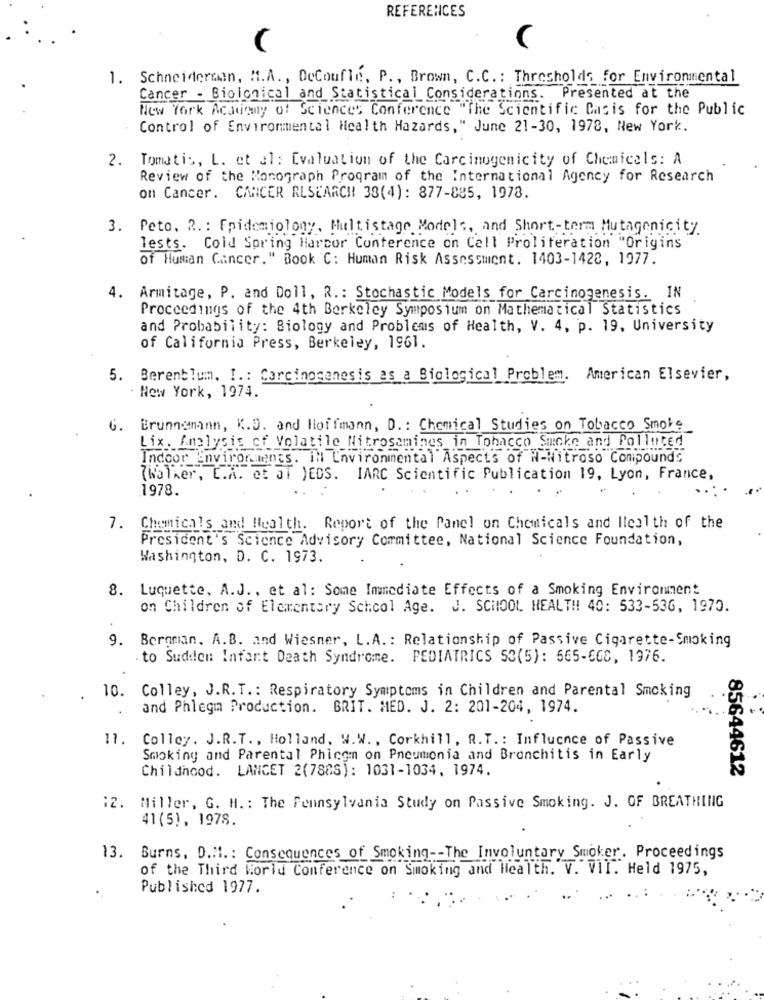
REFERENCES
(
1. Schneiderman, H.A. , DeCoufle, P ., Brown, C.C. : Thresholds for Environmental
Cancer - Biological and Statistical Considerations. Presented at the
New York Academy of Sciences Conference "The Scientific Casis for the Public
Control of Environmental Health Hazards," June 21-30, 1978, New York.
2. Tomatis, L. et al: Evaluation of the Carcinogenicity of Chemicals: A
Review of the Monograph Program of the International Agency for Research
on Cancer. CANCER RESEARCH 38(4): 877-885, 1978.
3. Peto. R. : Epidemiology, Multistage Models, and Short-term Mutagenicity
Tests. Cold Spring Harbor Conference on Call Proliferation "Origins
of Human Cancer." Book C: Human Risk Assessment. 1403-1422, 1977.
4. Armitage, P. and Doll, R .: Stochastic Models for Carcinogenesis. IN
Proceedings of the 4th Berkeley Symposium on Mathematical Statistics
and Probability: Biology and Problems of Health, V. 4, p. 19, University
of California Press, Berkeley, 1961.
5. Berenblum. I .: Carcinogenesis as a Biological Problem. American Elsevier,
New York, 1974.
6. Brunnemann, K.D. and Hoffmann, D .: Chemical Studies on Tobacco Smoke
Lix. Analysis of Volatile Nitrosamines in Tobacco Suche and Polluted
Indoor Environments. IN Environmental Aspects of i-Nitroso Compounds
(Walker, C.A. et JT )EDS. IARC Scientific Publication 19, Lyon, France,
1978.
7. Chemicals and Health. Report of the Panel on Chemicals and Health of the
President's Science Advisory Committee, National Science Foundation,
Washington, D. C. 1973.
8. Luquette, A.J. , et al: Some Immediate Effects of a Smoking Environment
on Children of Elementary School Age. J. SCHOOL HEALTH 40: 533-536, 1970.
9. Bergman. A.B. and Wiesner, L.A .: Relationship of Passive Cigarette-Smoking
. to Sudden Infant Death Syndrome. PEDIATRICS 53(5): 665-668, 1976.
10. Colley, J.R.T .: Respiratory Symptoms in Children and Parental Smoking
and Phlegm Production. BRIT. MED. J. 2: 201-204, 1974.
11. Colley. J.R.T ., Holland, W.W. , Corkhill, R. T .: Influence of Passive
Smoking and Parental Phicom on Pneumonia and Bronchitis in Early
Childhood. LANCET 2(7888): 1031-1034, 1974.
85644612
12. Miller, G. H. : The Pennsylvania Study on Passive Smoking. J. OF BREATHING
41(5), 1978.
13. Burns, D.H1. : Consequences of Smoking -- The Involuntary Smoker. Proceedings
of the Third World Conference on Smoking and Health. V. VII. Held 1975,
Published 1977.